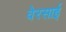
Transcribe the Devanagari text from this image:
वेरसाई